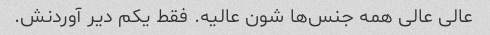
عالی عالی همه جنس‌ها شون عالیه. فقط یکم دیر آوردنش.